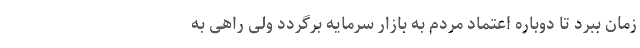
زمان ببرد تا دوباره اعتماد مردم به بازار سرمایه برگردد ولی راهی به